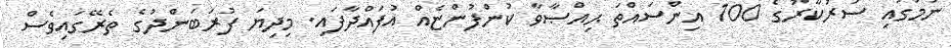
ނަމުގައި ސަރުކާރުގެ 100 އިންސައްތަ ޙިއްޞާވާ ކުންފުންޏެއް އުފައްދާފައި. މިދިޔަ ފުރަބަންދުގެ ތެރޭގައިވެސް